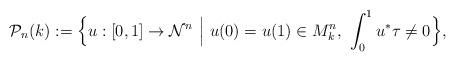
LaTeX: \begin{align*}\mathcal P_n(k):= \Big\{u:[0,1]\rightarrow \mathcal N^n\ \Big|\ u(0)=u(1)\in M_k^n,\ \int_0^1u^*\tau\neq0 \Big\},\end{align*}